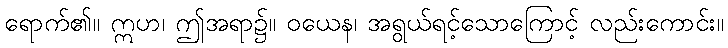
ရောက်၏။ ဣဟ၊ ဤအရာ၌။ ဝယေန၊ အရွယ်ရင့်သောကြောင့် လည်းကောင်း။